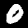
Label: 0